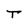
Character: T